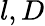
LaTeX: {l,D}